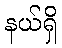
နယ်ရှိ